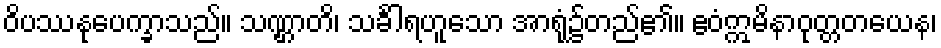
ဝိပဿနုပေက္ခာသည်။ သဏ္ဌာတိ၊ သင်္ခါရဟူသော အာရုံ၌တည်၏။ ဧဝံဣမိနာဝုတ္တတယေန၊